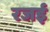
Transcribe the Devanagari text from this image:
रजई